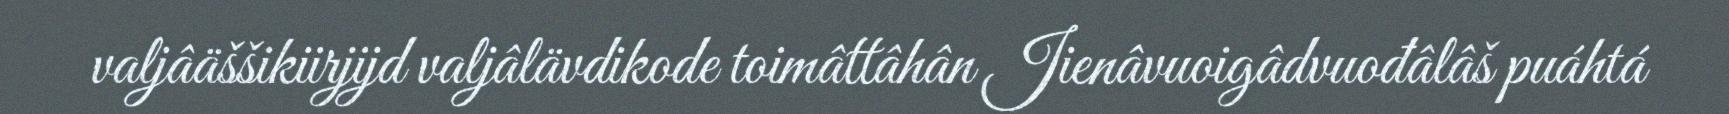
valjâäššikiirjijd valjâlävdikode toimâttâhân Jienâvuoigâdvuođâlâš puáhtá